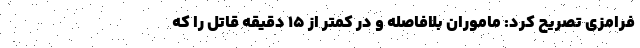
فرامزی تصریح کرد: ماموران بلافاصله و در کمتر از 15 دقیقه قاتل را که